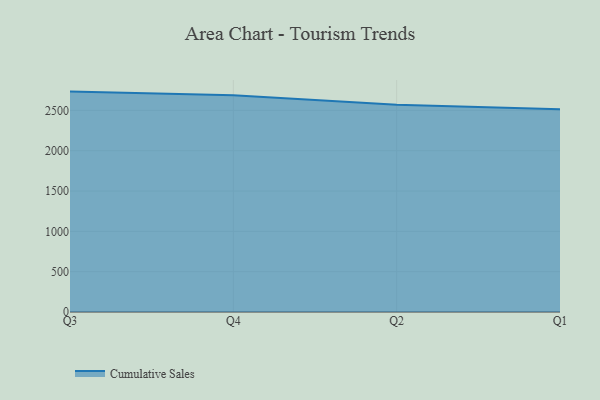
{"axis": {"x": "Quarter", "y": "Market Share (%)"}, "legend": ["Cumulative Sales"], "data": [{"x": "Q3", "y": 2732.7, "type": "Cumulative Sales"}, {"x": "Q4", "y": 2687.8, "type": "Cumulative Sales"}, {"x": "Q2", "y": 2571.2, "type": "Cumulative Sales"}, {"x": "Q1", "y": 2513.7, "type": "Cumulative Sales"}]}